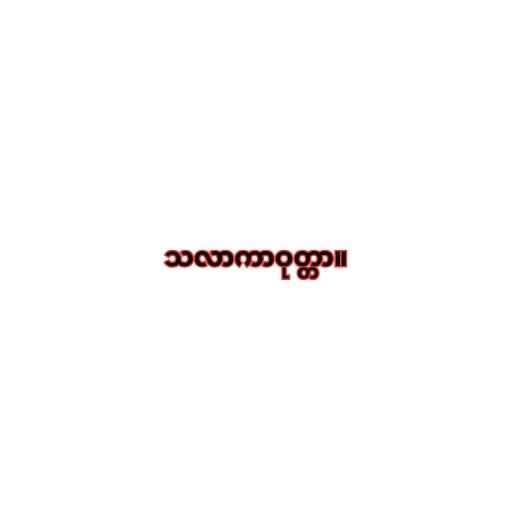
သလာကာဝုတ္တာ။